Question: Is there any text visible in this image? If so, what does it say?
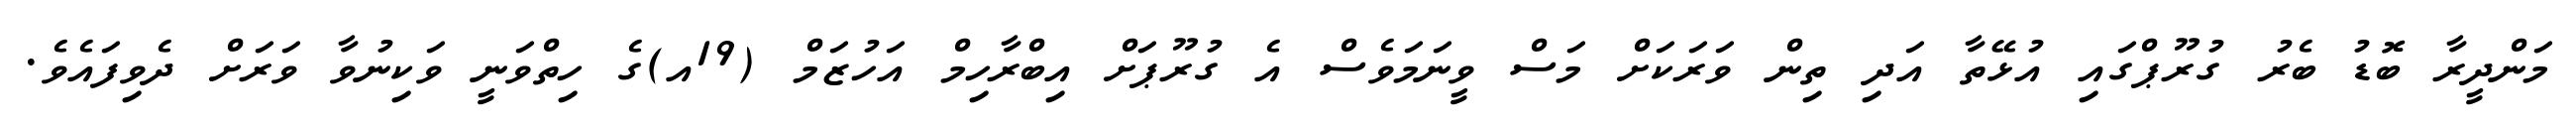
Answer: މަންދީރާ ބޮޑު ބެރު ގުރޫޕްގައި އުޅޭތާ އަދި ތިން ވަރަކަށް މަސް ވީނަމަވެސް އެ ގުރޫޕަށް އިބްރާހިމް އަހުޒަމް (19އ)ގެ ހިތްވަނީ ވަކިނުވާ ވަރަށް ދެވިފައެވެ.